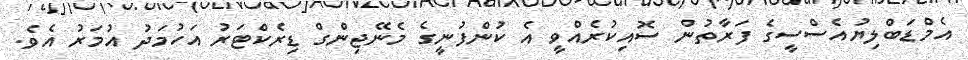
އެމްޑަބްލިޔުއެސްސީގެ ފަރާތުން ސޮއިކުރެއްވީ އެ ކުންފުނީގެ މެނޭޖިންގް ޑިރެކްޓަރު އަހުމަދު އުމަރު އެވެ.